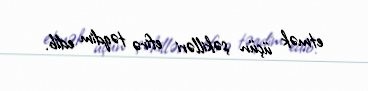
etmək üçün şəkilləri efirə təqdim edib.